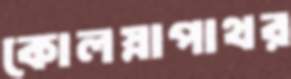
কোলস্নাপাথর